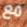
مع